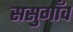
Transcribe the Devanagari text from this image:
ससुगाँव